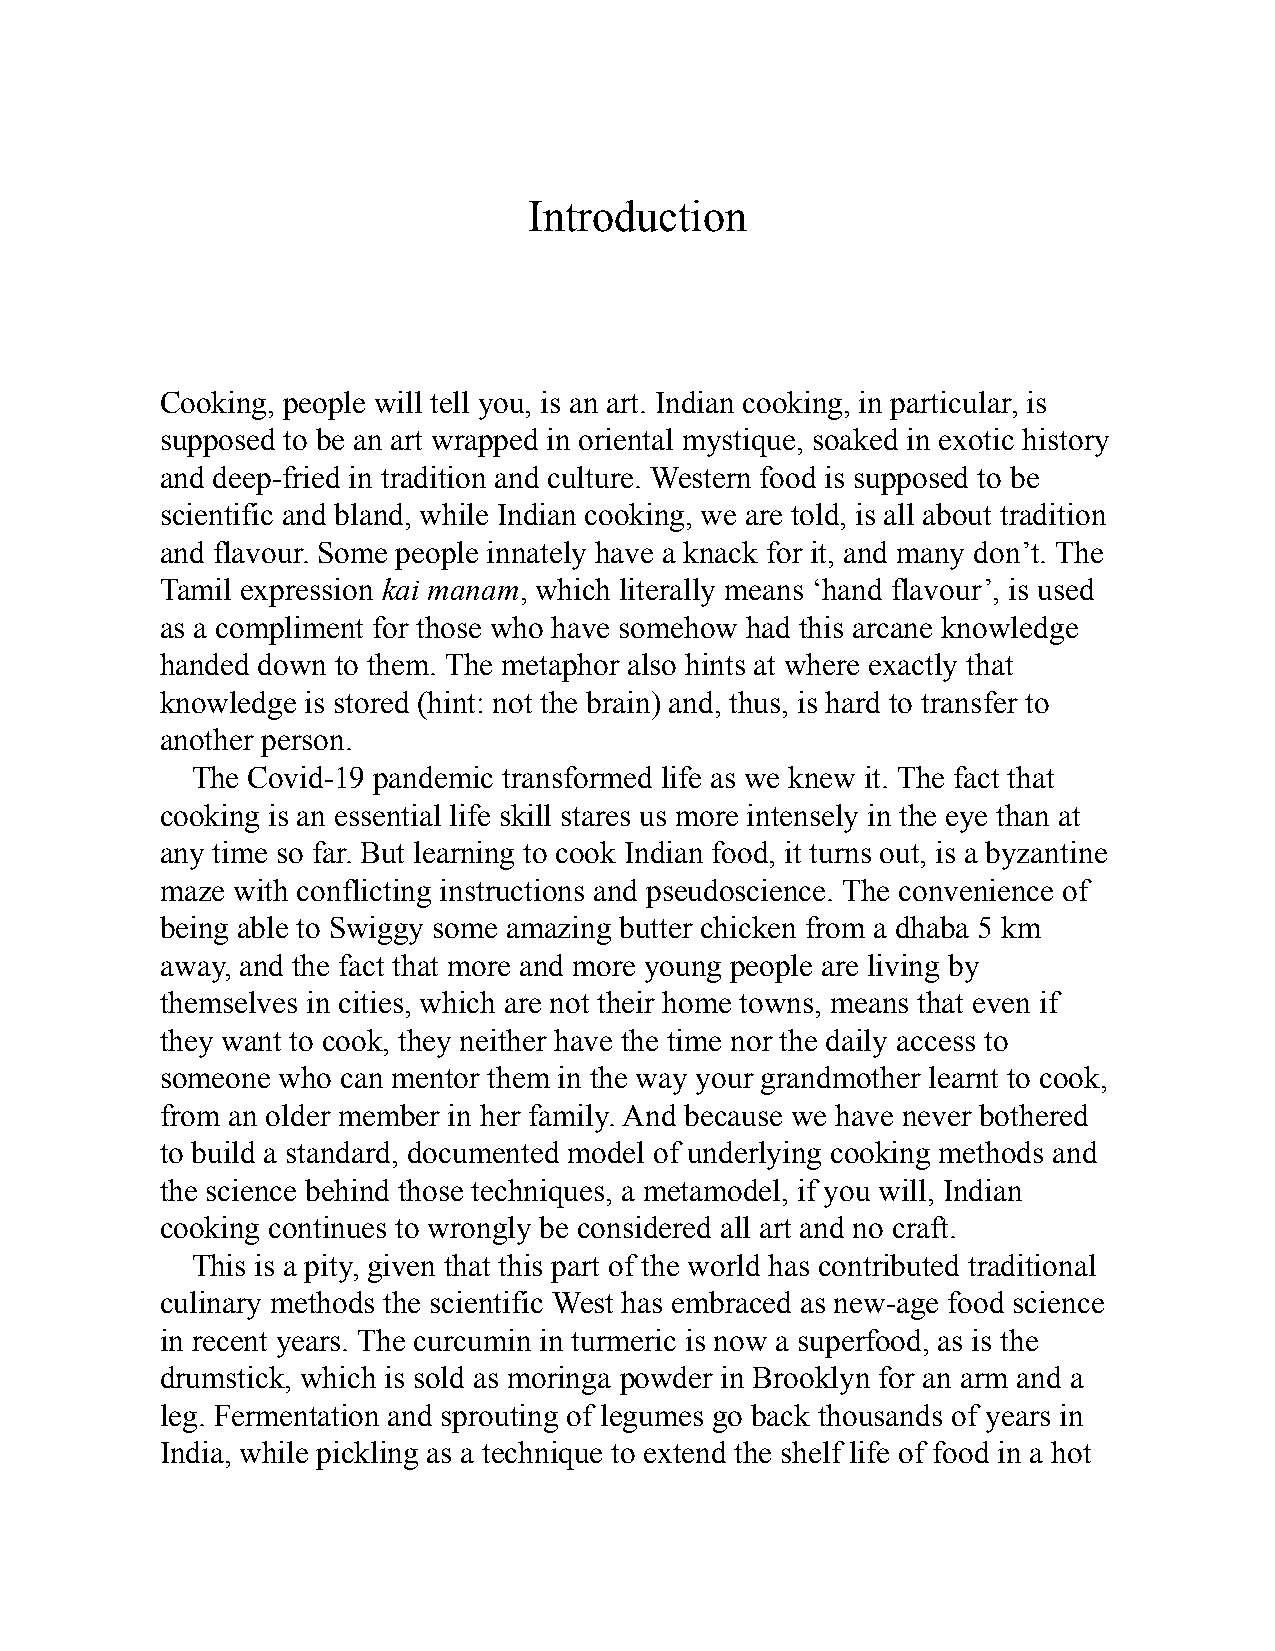
Introduction
 Cooking, people will tell you, is an art. Indian cooking, in particular, is
 supposed to be an art wrapped in oriental mystique, soaked in exotic history
 and deep-fried in tradition and culture. Western food is supposed to be
 scientific and bland, while Indian cooking, we are told, is all about tradition
 and flavour. Some people innately have a knack for it, and many don’t. The
 Tamil expression kai manam, which literally means ‘hand flavour’, is used
 as a compliment for those who have somehow had this arcane knowledge
 handed down to them. The metaphor also hints at where exactly that
 knowledge is stored (hint: not the brain) and, thus, is hard to transfer to
 another person.
 The Covid-19 pandemic transformed life as we knew it. The fact that
 cooking is an essential life skill stares us more intensely in the eye than at
 any time so far. But learning to cook Indian food, it turns out, is a byzantine
 maze with conflicting instructions and pseudoscience. The convenience of
 being able to Swiggy some amazing butter chicken from a dhaba 5 km
 away, and the fact that more and more young people are living by
 themselves in cities, which are not their home towns, means that even if
 they want to cook, they neither have the time nor the daily access to
 someone who can mentor them in the way your grandmother learnt to cook,
 from an older member in her family. And because we have never bothered
 to build a standard, documented model of underlying cooking methods and
 the science behind those techniques, a metamodel, if you will, Indian
 cooking continues to wrongly be considered all art and no craft.
 This is a pity, given that this part of the world has contributed traditional
 culinary methods the scientific West has embraced as new-age food science
 in recent years. The curcumin in turmeric is now a superfood, as is the
 drumstick, which is sold as moringa powder in Brooklyn for an arm and a
 leg. Fermentation and sprouting of legumes go back thousands of years in
 India, while pickling as a technique to extend the shelf life of food in a hot